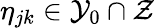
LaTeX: \eta_{jk}\in\mathcal{Y}_{0}\cap\mathcal{Z}